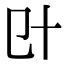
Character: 𠥿